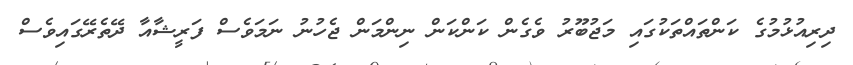
ދިރިއުޅުމުގެ ކަންތައްތަކުގައި މަޖުބޫރު ވެގެން ކަންކަން ނިންމަން ޖެހުނު ނަމަވެސް ފަރީޝާއާ ދޭތެރޭގައިވެސް